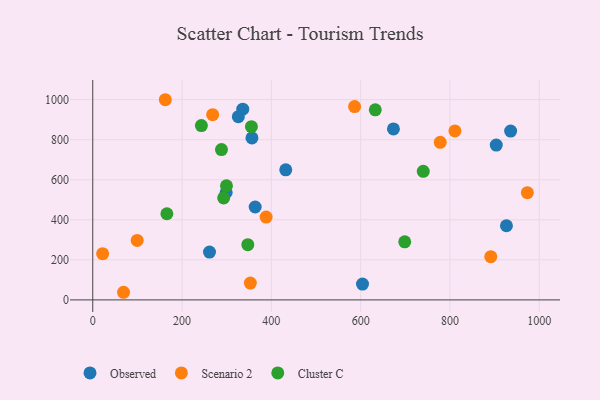
{"axis": {"x": "Price", "y": "Demand"}, "legend": ["Cluster C", "Observed", "Scenario 2"], "data": [{"x": "298.8", "y": 536.3, "type": "Observed"}, {"x": "604.2", "y": 78.9, "type": "Observed"}, {"x": "326.1", "y": 914.9, "type": "Observed"}, {"x": "926.6", "y": 370.3, "type": "Observed"}, {"x": "363.8", "y": 463.8, "type": "Observed"}, {"x": "903.8", "y": 772.9, "type": "Observed"}, {"x": "336.0", "y": 952.3, "type": "Observed"}, {"x": "936.0", "y": 843.2, "type": "Observed"}, {"x": "673.5", "y": 853.8, "type": "Observed"}, {"x": "261.5", "y": 238.7, "type": "Observed"}, {"x": "432.3", "y": 649.6, "type": "Observed"}, {"x": "356.6", "y": 808.6, "type": "Observed"}, {"x": "69.0", "y": 38.1, "type": "Scenario 2"}, {"x": "268.6", "y": 924.8, "type": "Scenario 2"}, {"x": "778.3", "y": 787.1, "type": "Scenario 2"}, {"x": "162.5", "y": 999.6, "type": "Scenario 2"}, {"x": "353.0", "y": 84.1, "type": "Scenario 2"}, {"x": "22.1", "y": 230.9, "type": "Scenario 2"}, {"x": "973.5", "y": 535.3, "type": "Scenario 2"}, {"x": "99.5", "y": 297.1, "type": "Scenario 2"}, {"x": "811.2", "y": 843.7, "type": "Scenario 2"}, {"x": "586.5", "y": 965.6, "type": "Scenario 2"}, {"x": "388.3", "y": 413.4, "type": "Scenario 2"}, {"x": "891.5", "y": 216.0, "type": "Scenario 2"}, {"x": "293.2", "y": 509.3, "type": "Cluster C"}, {"x": "299.5", "y": 570.1, "type": "Cluster C"}, {"x": "347.3", "y": 275.8, "type": "Cluster C"}, {"x": "243.3", "y": 870.7, "type": "Cluster C"}, {"x": "166.0", "y": 430.3, "type": "Cluster C"}, {"x": "355.4", "y": 865.1, "type": "Cluster C"}, {"x": "740.3", "y": 642.0, "type": "Cluster C"}, {"x": "698.8", "y": 289.8, "type": "Cluster C"}, {"x": "288.3", "y": 750.7, "type": "Cluster C"}, {"x": "632.8", "y": 949.4, "type": "Cluster C"}]}